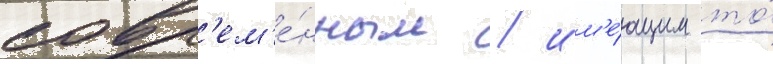
совр'ем'е́нным / им'е́ющим то́